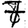
Digit: 7